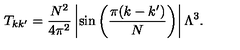
T _ { k k ^ { \prime } } = { \frac { N ^ { 2 } } { 4 \pi ^ { 2 } } } \left| \sin \left( { \frac { \pi ( k - k ^ { \prime } ) } { N } } \right) \right| \Lambda ^ { 3 } .